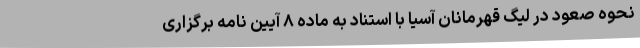
نحوه صعود در لیگ قهرمانان آسیا با استناد به ماده ۸ آیین نامه برگزاری